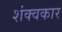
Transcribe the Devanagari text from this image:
शंक्वकार